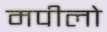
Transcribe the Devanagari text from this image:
मपीलो